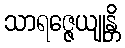
သာရဇ္ဇေယျုန္တိ